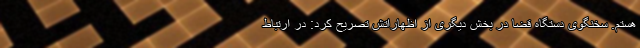
هستم. سخنگوی دستگاه قضا در بخش دیگری از اظهاراتش تصریح کرد: در ارتباط